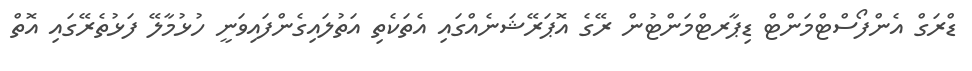
ޑްރަގް އެންފޯސްޓްމަންޓް ޑިޕާރޓްމަންޓުން ރޭގެ އޮޕަރޭޝަނެއްގައި އެތަކެތި އަތުލައިގެންފައިވަނީ ހުޅުމާލޭ ފަޅުތެރޭގައި އޮތް